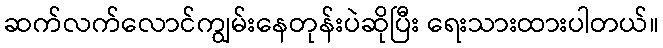
ဆက်လက်လောင်ကျွမ်းနေတုန်းပဲဆိုပြီး ရေးသားထားပါတယ်။